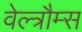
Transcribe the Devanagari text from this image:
वेल्त्रौम्स